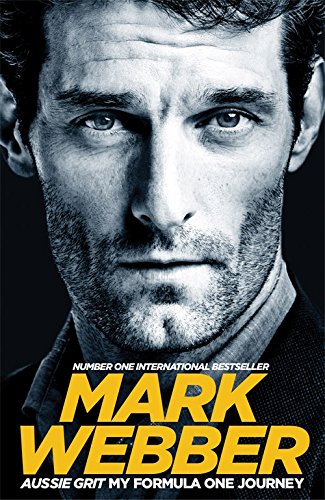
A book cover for Aussie Grit: My Formula One Journey; Mark Webber; Sports & Outdoors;